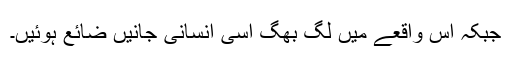
جبکہ اس واقعے میں لگ بھگ اسی انسانی جانیں ضائع ہوئیں۔